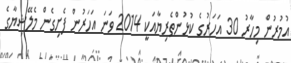
އުމުރުން މިހާރު 30 އަހަރުގެ ކުޅުންތެރިޔާއަކީ 2014 ވަނަ އަހަރުން ފެށިގެން މެލޭޝިޔާގެ